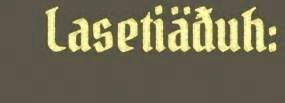
Lasetiäđuh: